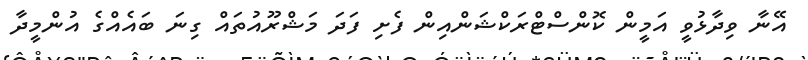
އޭނާ ވިދާޅުވީ އަމީން ކޮންސްޓްރަކްޝަންއިން ފެށި ފަދަ މަޝްރޫއުތައް ގިނަ ބައެއްގެ އުންމީދާ